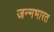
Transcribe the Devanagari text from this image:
जन्मभारत